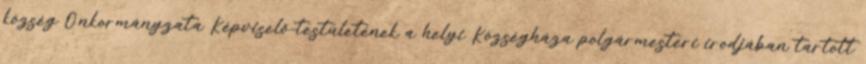
község Önkormányzata Képviselő-testületének a helyi Községháza polgármesteri irodjában tartott